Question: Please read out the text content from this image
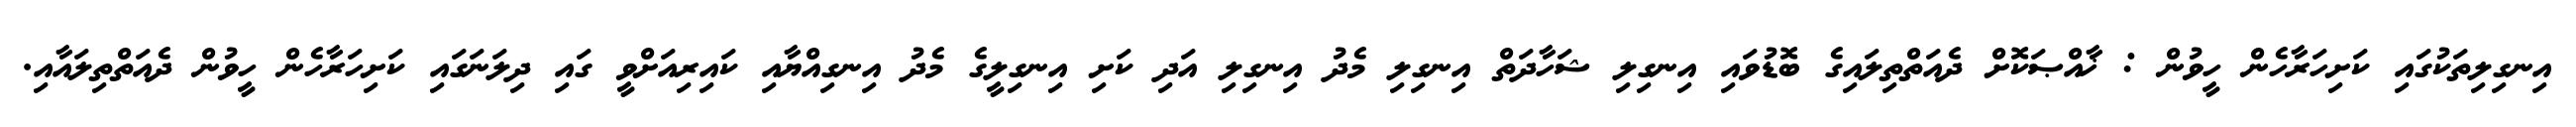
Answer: އިނގިލިތަކުގައި ކަށިހަރާހެން ހީވުން : ޚާއްޞަކޮށް ދެއަތްތިލައިގެ ބޮޑުވައި އިނގިލި ޝަހާދަތް އިނގިލި މެދު އިނގިލި އަދި ކަށި އިނގިލީގެ މެދު އިނގިއްޔާއި ކައިރިއަށްވީ ގައި ދިލަނަގައި ކަށިހަރާހެން ހީވުން ދެއަތްތިލައާއި.